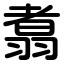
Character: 翥